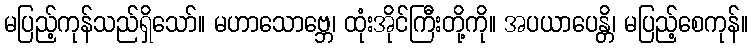
မပြည့်ကုန်သည်ရှိသော်။ မဟာသောဗ္ဘေ၊ ထုံးအိုင်ကြီးတို့ကို။ အပယာပေန္တိ၊ မပြည့်စေကုန်။